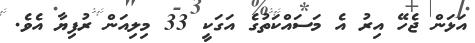
އަޅަން ޖެހޭ އިރު އެ މަސައްކަތުގެ އަގަކީ 33 މިލިއަން ރުފިޔާ އެވެ.